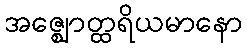
အဇ္ဈောတ္ထရိယမာနော